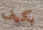
بكيف